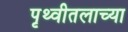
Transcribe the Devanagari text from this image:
पृथ्वीतलाच्या